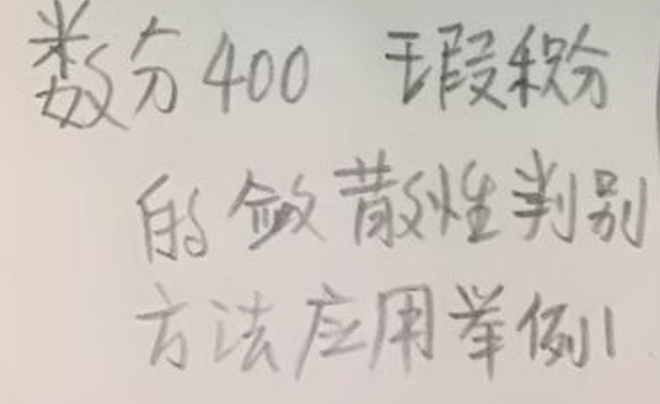
数分400  瑕积分
的敛散性判别
方法应用举例1